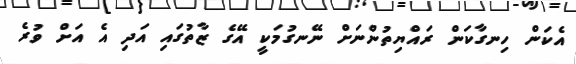
އެކަން ހިނގާކަން ރައްޔިތުންނަށް ނޭނގުމަކީ އޭގެ ޒާތުގައި އަދި އެ އަށް ވުރެ